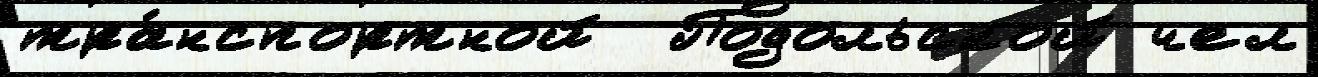
тра́нспортной  Подольской чел